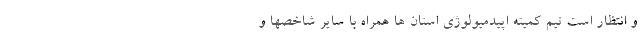
و انتظار است تیم کمیته اپیدمیولوژی استان ها همراه با سایر شاخصها و